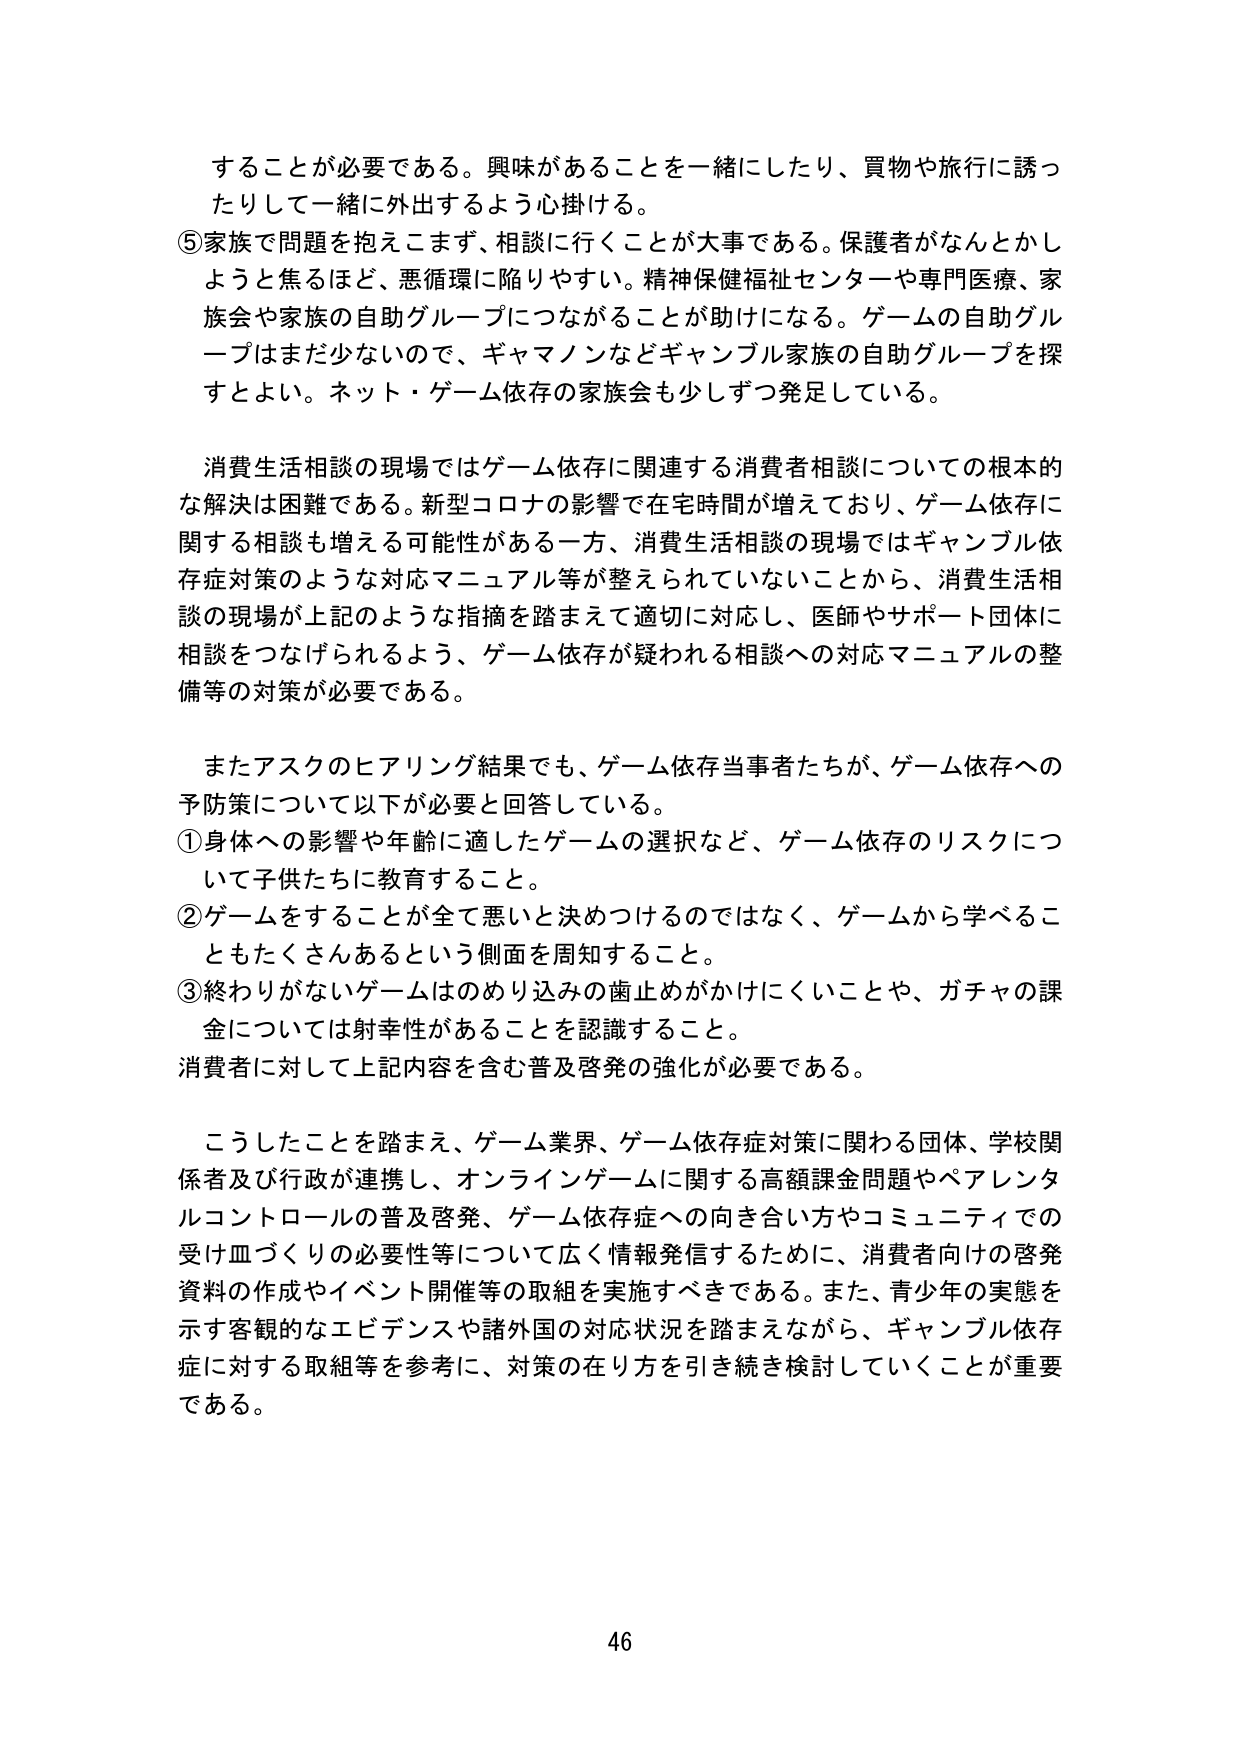
することが必要である。興味があることを一緒にしたり、買物や旅行に誘ったりして一緒に外出するよう心掛ける。

⑤家族で問題を抱えこまず、相談に行くことが大事である。保護者がなんとかしようと焦るほど、悪循環に陥りやすい。精神保健福祉センターや専門医療、家族会や家族の自助グループにつながることが助けになる。ゲームの自助グループはまだ少ないので、ギャマノンなどギャンブル家族の自助グループを探すとよい。ネット・ゲーム依存の家族会も少しずつ発足している。

消費生活相談の現場ではゲーム依存に関連する消費者相談についての根本的な解決は困難である。新型コロナの影響で在宅時間が増えており、ゲーム依存に関する相談も増える可能性がある一方、消費生活相談の現場ではギャンブル依存症対策のような対応マニュアル等が整えられていないことから、消費生活相談の現場が上記のような指摘を踏まえて適切に対応し、医師やサポート団体に相談をつなげられるよう、ゲーム依存が疑われる相談への対応マニュアルの整備等の対策が必要である。

またアスクのヒアリング結果でも、ゲーム依存当事者たちが、ゲーム依存への予防策について以下が必要と回答している。

①身体への影響や年齢に適したゲームの選択など、ゲーム依存のリスクについて子供たちに教育すること。

②ゲームをすることが全て悪いと決めつけるのではなく、ゲームから学べることもたくさんあるという側面を周知すること。

③終わりがないゲームはのめり込みの歯止めがかけにくいことや、ガチャの課金については射幸性があることを認識すること。

消費者に対して上記内容を含む普及啓発の強化が必要である。

こうしたことを踏まえ、ゲーム業界、ゲーム依存症対策に関わる団体、学校関係者及び行政が連携し、オンラインゲームに関する高額課金問題やペアレンタルコントロールの普及啓発、ゲーム依存症への向き合い方やコミュニティでの受け皿づくりの必要性等について広く情報発信するために、消費者向けの啓発資料の作成やイベント開催等の取組を実施すべきである。また、青少年の実態を示す客観的なエビデンスや諸外国の対応状況を踏まえながら、ギャンブル依存症に対する取組等を参考に、対策の在り方を引き続き検討していくことが重要である。

46